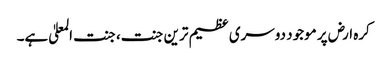
کرہ ارض پر موجود دوسری عظیم ترین جنت، جنت المعلیٰ ہے۔